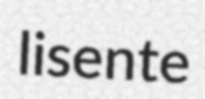
lisente